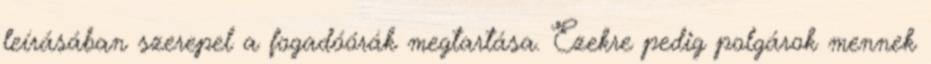
leírásában szerepel a fogadóórák megtartása. Ezekre pedig polgárok mennek